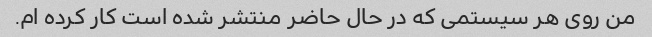
من روی هر سیستمی که در حال حاضر منتشر شده است کار کرده ام.